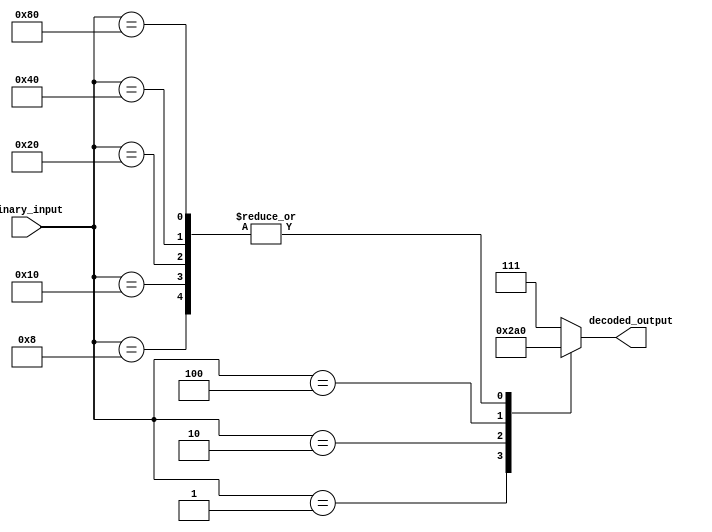
module octal_decoder (
    input [7:0] binary_input,
    output reg [2:0] decoded_output
);

always @(*)
begin
    case(binary_input)
        8'b00000001: decoded_output = 3'b001; // Output line 0 activated
        8'b00000010: decoded_output = 3'b010; // Output line 1 activated
        8'b00000100: decoded_output = 3'b100; // Output line 2 activated
        8'b00001000: decoded_output = 3'b000; // Output line 3 activated
        8'b00010000: decoded_output = 3'b000; // Output line 4 activated
        8'b00100000: decoded_output = 3'b000; // Output line 5 activated
        8'b01000000: decoded_output = 3'b000; // Output line 6 activated
        8'b10000000: decoded_output = 3'b000; // Output line 7 activated
        default: decoded_output = 3'b111; // All output lines deactivated
    endcase
end

endmodule